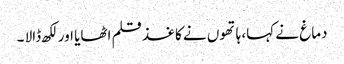
دماغ نے کہا، ہاتھوں نے کاغذ قلم اٹھایا اور لکھ ڈالا ۔